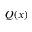
Q ( x )